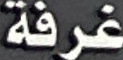
غرفة